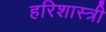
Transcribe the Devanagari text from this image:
हरिशास्त्री